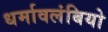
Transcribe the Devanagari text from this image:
धर्मावलंबियो